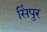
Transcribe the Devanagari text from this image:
सिंपुर